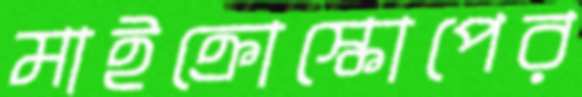
মাইক্রোস্কোপের